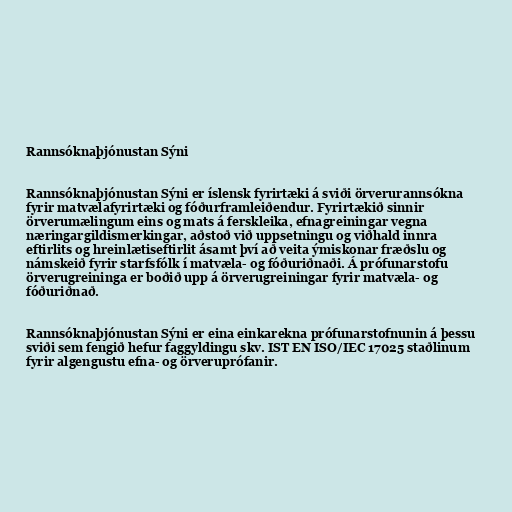
Rannsóknaþjónustan Sýni

Rannsóknaþjónustan Sýni er íslensk fyrirtæki á sviði örverurannsókna
fyrir matvælafyrirtæki og fóðurframleiðendur. Fyrirtækið sinnir
örverumælingum eins og mats á ferskleika, efnagreiningar vegna
næringargildismerkingar, aðstoð við uppsetningu og viðhald innra
eftirlits og hreinlætiseftirlit ásamt því að veita ýmiskonar fræðslu og
námskeið fyrir starfsfólk í matvæla- og fóðuriðnaði. Á prófunarstofu
örverugreininga er boðið upp á örverugreiningar fyrir matvæla- og
fóðuriðnað.

Rannsóknaþjónustan Sýni er eina einkarekna prófunarstofnunin á þessu
sviði sem fengið hefur faggyldingu skv. IST EN ISO/IEC 17025 staðlinum
fyrir algengustu efna- og örveruprófanir.